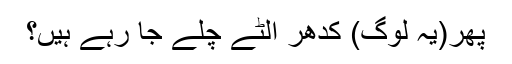
پھر(یہ لوگ) کدھر اُلٹے چلے جا رہے ہیں؟